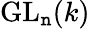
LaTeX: \operatorname{GL}_{\mathtt{n}}(k)